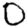
Digit: 0